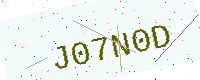
Text: J07N0D